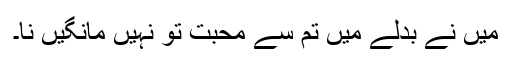
میں نے بدلے میں تم سے محبت تو نہیں مانگیں نا۔